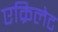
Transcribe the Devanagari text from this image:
एक्रिलेट